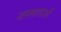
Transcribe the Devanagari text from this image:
नाममालाओं